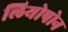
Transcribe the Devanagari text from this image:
लियोपोन